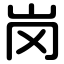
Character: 岗